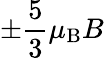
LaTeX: \pm{\frac{5}{3}}\mu_{\mathrm{{B}}}B